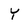
Character: Y